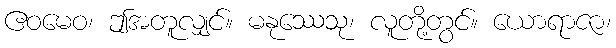
ဧဝမေဝ၊ ဤအတူလျှင်။ မနုဿေသု၊ လူတို့တွင်။ ယောရာဇာ၊